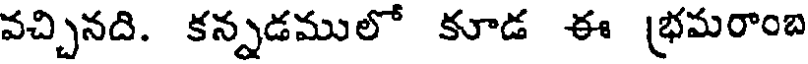
వచ్చినది. కన్నడములో కూడ ఈ (భమరాంబ